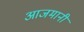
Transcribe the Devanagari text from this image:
आजमानी